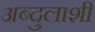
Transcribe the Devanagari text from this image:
अब्दुलाशी